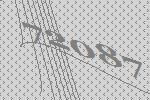
72087